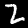
Digit: 2